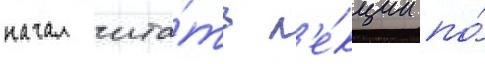
начал чита́ть л'е́кции по́